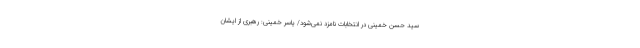
سید حسن خمینی در انتخابات نامزد نمی‌شود/ یاسر خمینی: رهبری از ایشان